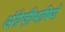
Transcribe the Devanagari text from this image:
अंग्रेज़ीभाषियों